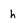
Character: h